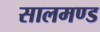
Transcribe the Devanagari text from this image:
सालमण्ड